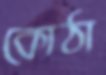
কোঠা